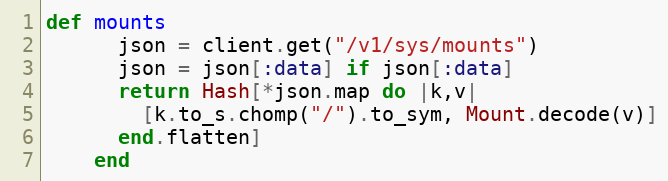
Language: Ruby
def mounts
      json = client.get("/v1/sys/mounts")
      json = json[:data] if json[:data]
      return Hash[*json.map do |k,v|
        [k.to_s.chomp("/").to_sym, Mount.decode(v)]
      end.flatten]
    end